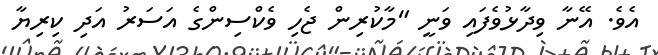
އެވެ. އޭނާ ވިދާޅުވެފައި ވަނީ "މާކުރިން ޖެހި ވެކްސިންގެ އަސަރު އަދި ކިރިޔާ